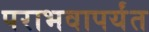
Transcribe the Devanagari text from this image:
पराभवापर्यंत